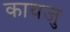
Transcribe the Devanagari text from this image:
कायजु